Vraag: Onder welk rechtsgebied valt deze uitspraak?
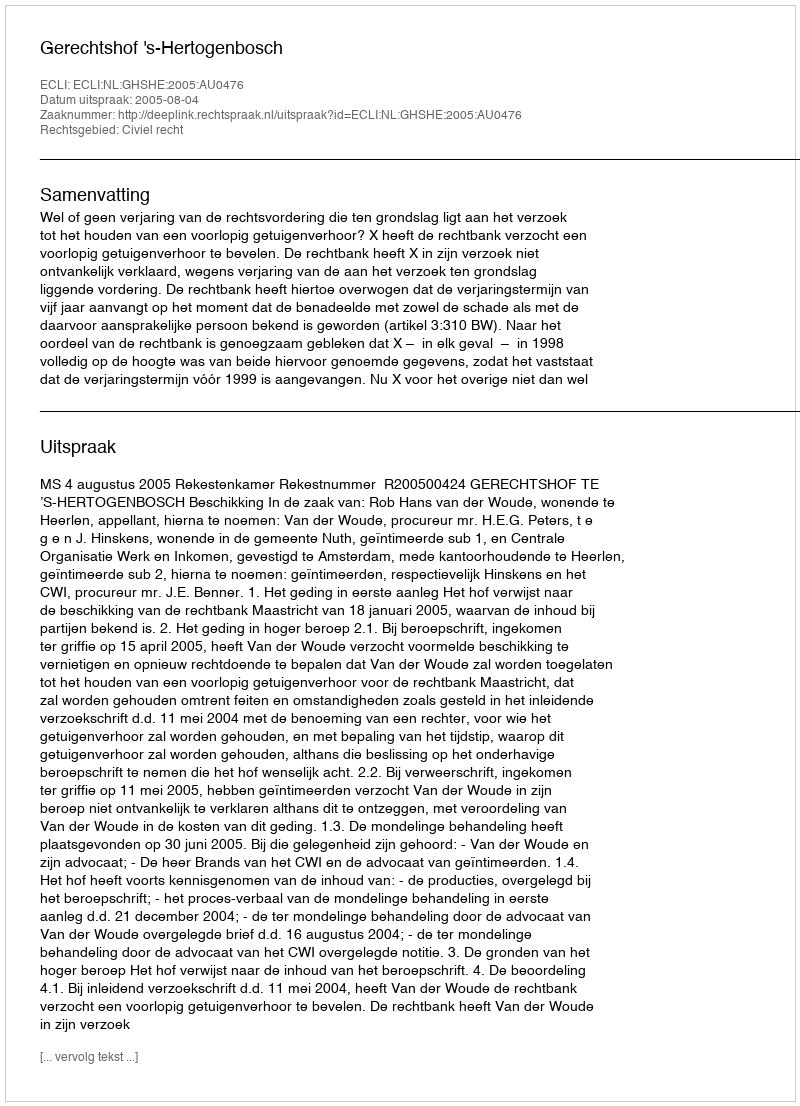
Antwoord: Civiel recht